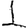
Digit: 1